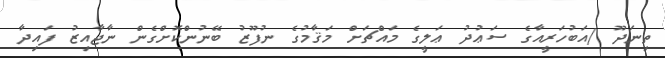
ތިނަދޫ /އަބުހަރީއާގެ ސަޢުދު ޢަލީގެ މައްޗަށް މަޤާމުގެ ނުފޫޒު ބޭނުންކޮށްގެން ނާޖާއިޒު ފައިދާ